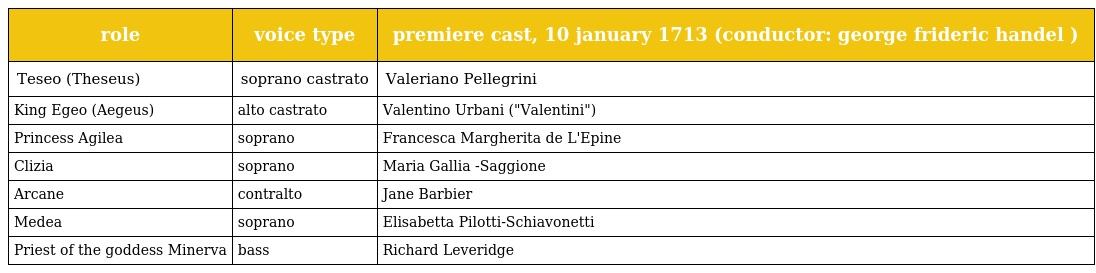
| role | voice type | premiere cast, 10 january 1713 (conductor: george frideric handel ) |
 | --- | --- | --- |
 | Teseo (Theseus) | soprano castrato | Valeriano Pellegrini |
 | King Egeo (Aegeus) | alto castrato | Valentino Urbani ("Valentini") |
 | Princess Agilea | soprano | Francesca Margherita de L'Epine |
 | Clizia | soprano | Maria Gallia -Saggione |
 | Arcane | contralto | Jane Barbier |
 | Medea | soprano | Elisabetta Pilotti-Schiavonetti |
 | Priest of the goddess Minerva | bass | Richard Leveridge |